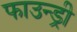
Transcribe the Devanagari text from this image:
फाउन्ड्री